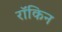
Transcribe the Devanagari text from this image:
रॉकिन